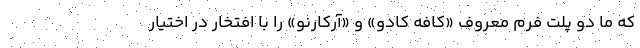
که ما دو پلت فرم معروف «کافه کادو» و «آرکارنو» را با افتخار در اختیار